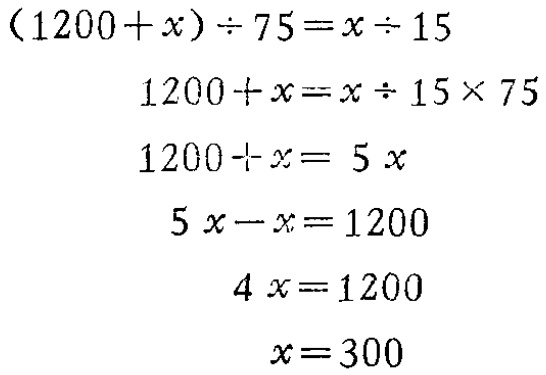
\[

\begin{align*}

(1200 + x)\div75&=x\div15\\

1200 + x&=x\div15\times75\\

1200 + x&= 5x\\

5x - x&=1200\\

4x&=1200\\

x&=300

\end{align*}

\]